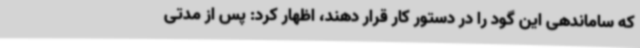
که ساماندهی این گود را در دستور کار قرار دهند، اظهار کرد: پس از مدتی